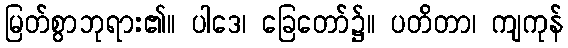
မြတ်စွာဘုရား၏။ ပါဒေ၊ ခြေတော်၌။ ပတိတာ၊ ကျကုန်